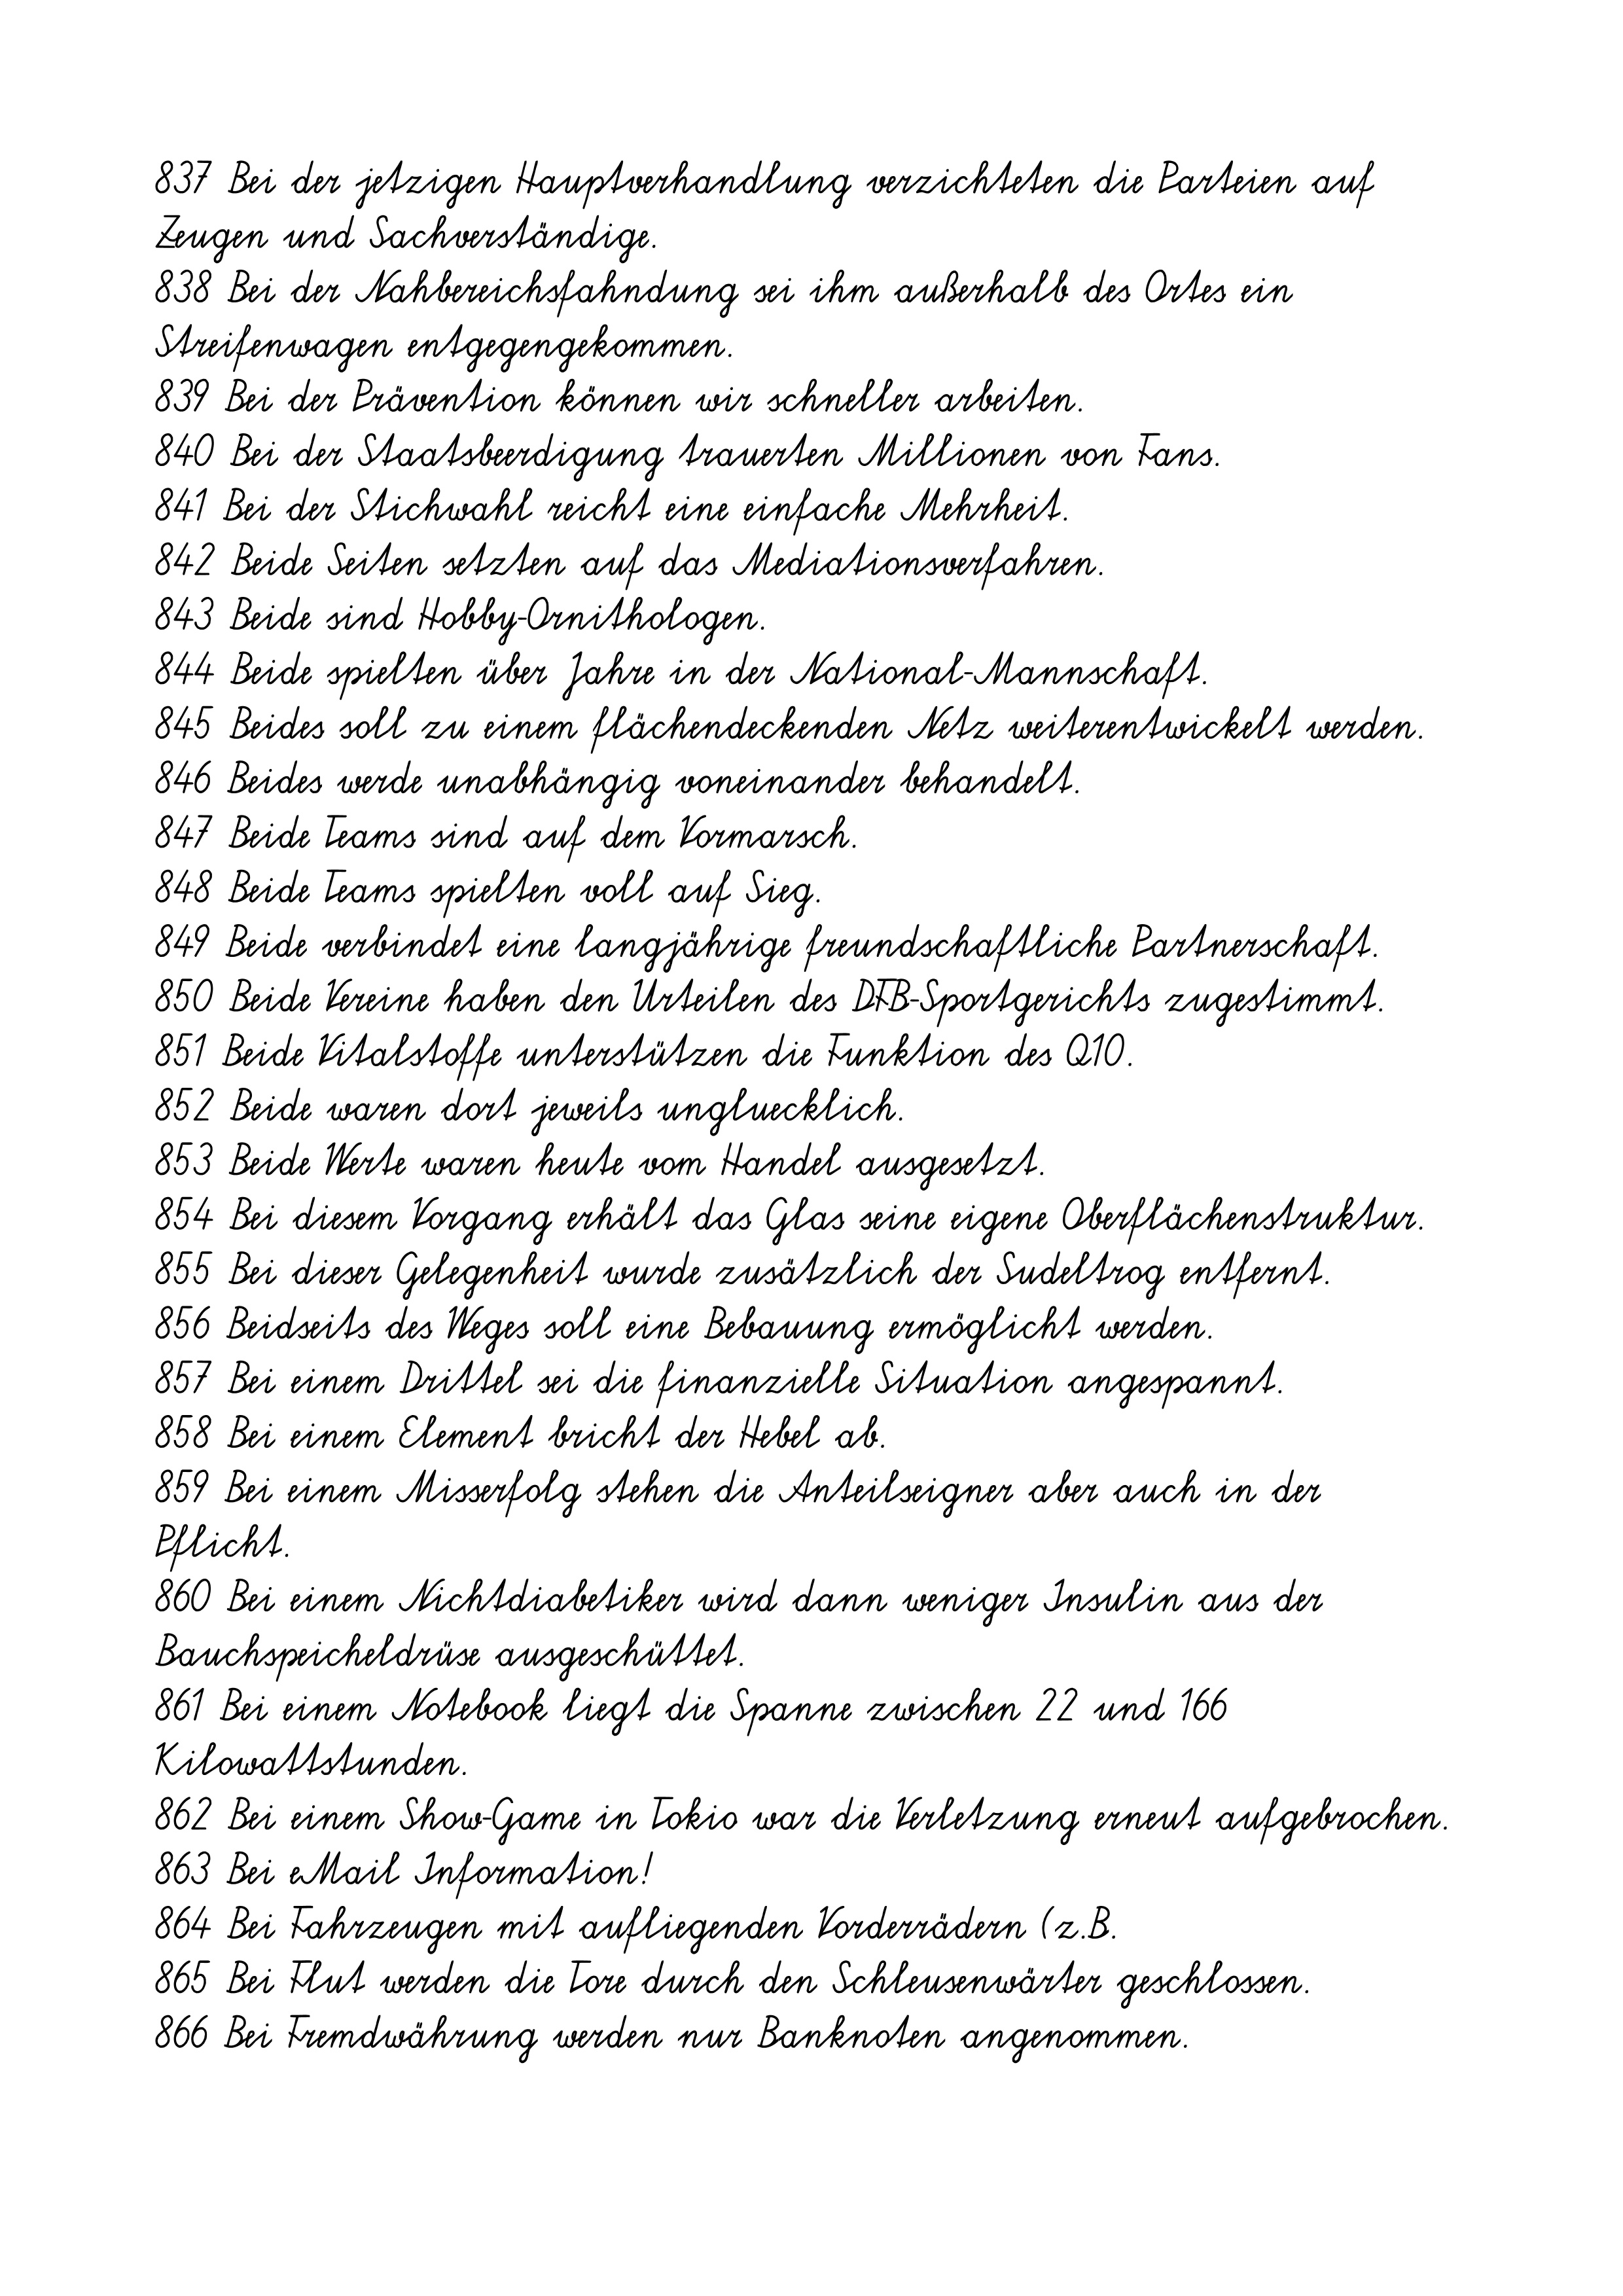
837 Bei der jetzigen Hauptverhandlung verzichteten die Parteien auf
Zeugen und Sachverständige.
838 Bei der Nahbereichsfahndung sei ihm außerhalb des Ortes ein
Streifenwagen entgegengekommen.
839 Bei der Prävention können wir schneller arbeiten.
840 Bei der Staatsbeerdigung trauerten Millionen von Fans.
841 Bei der Stichwahl reicht eine einfache Mehrheit.
842 Beide Seiten setzten auf das Mediationsverfahren.
843 Beide sind Hobby-Ornithologen.
844 Beide spielten über Jahre in der National-Mannschaft.
845 Beides soll zu einem flächendeckenden Netz weiterentwickelt werden.
846 Beides werde unabhängig voneinander behandelt.
847 Beide Teams sind auf dem Vormarsch.
848 Beide Teams spielten voll auf Sieg.
849 Beide verbindet eine langjährige freundschaftliche Partnerschaft.
850 Beide Vereine haben den Urteilen des DFB-Sportgerichts zugestimmt.
851 Beide Vitalstoffe unterstützen die Funktion des Q10.
852 Beide waren dort jeweils ungluecklich.
853 Beide Werte waren heute vom Handel ausgesetzt.
854 Bei diesem Vorgang erhält das Glas seine eigene Oberflächenstruktur.
855 Bei dieser Gelegenheit wurde zusätzlich der Sudeltrog entfernt.
856 Beidseits des Weges soll eine Bebauung ermöglicht werden.
857 Bei einem Drittel sei die finanzielle Situation angespannt.
858 Bei einem Element bricht der Hebel ab.
859 Bei einem Misserfolg stehen die Anteilseigner aber auch in der
Pflicht.
860 Bei einem Nichtdiabetiker wird dann weniger Insulin aus der
Bauchspeicheldrüse ausgeschüttet.
861 Bei einem Notebook liegt die Spanne zwischen 22 und 166
Kilowattstunden.
862 Bei einem Show-Game in Tokio war die Verletzung erneut aufgebrochen.
863 Bei eMail Information!
864 Bei Fahrzeugen mit aufliegenden Vorderrädern (z.B.
865 Bei Flut werden die Tore durch den Schleusenwärter geschlossen.
866 Bei Fremdwährung werden nur Banknoten angenommen.